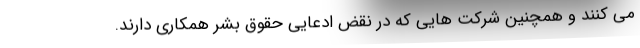
می کنند و همچنین شرکت هایی که در نقض ادعایی حقوق بشر همکاری دارند.